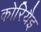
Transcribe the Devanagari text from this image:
कोरियैइ